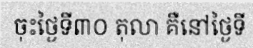
ចុះថ្ងៃទី៣០ តុលា គឺនៅថ្ងៃទី